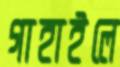
গাহাইলে